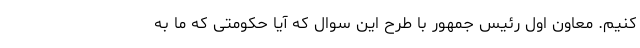
کنیم. معاون اول رئیس جمهور با طرح این سوال که آیا حکومتی که ما به